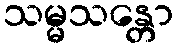
သမ္မသန္တော